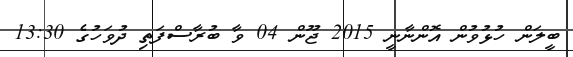
ބީލަން ހުޅުވުން އޮންނާނީ 2015 ޖޫން 04 ވާ ބުރާސްފަތި ދުވަހުގެ 13:30